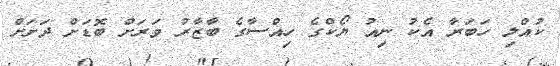
ކުއްލި ހަބަރާ އެކު ނިއު ޔޯކްގެ ހިއްސާގެ ބާޒާރު ވަރަށް ބޮޑަށް ދަށަށް